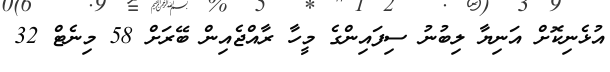
އުޅެނިކޮށް އަނިޔާ ލިބުނު ސިފައިންގެ މީހާ ރާއްޖެއިން ބޭރަށް 58 މިނެޓް 32